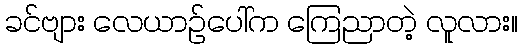
ခင်ဗျား လေယာဉ်ပေါ်က ကြေညာတဲ့ လူလား။